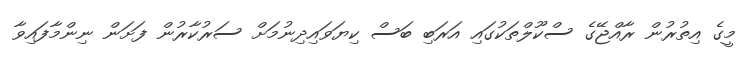
މީގެ އިތުރުން ރާއްޖޭގެ ސްކޫލްތަކުގައި އަރަބި ބަސް ކިޔަވައިދިނުމަށް ސަރުކާރުން ފަށަން ނިންމާފައިވާ